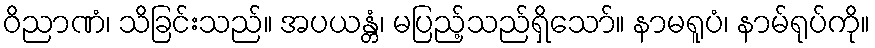
ဝိညာဏံ၊ သိခြင်းသည်။ အပယန္တံ၊ မပြည့်သည်ရှိသော်။ နာမရူပံ၊ နာမ်ရုပ်ကို။